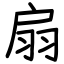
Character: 扇